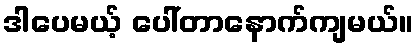
ဒါပေမယ့် ပေါ်တာနောက်ကျမယ်။